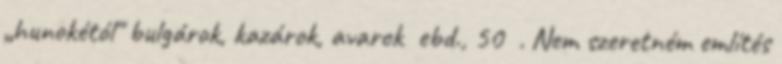
„hunokétól" bulgárok, kazárok, avarok ebd., 50 . Nem szeretném említés